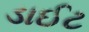
ડાઈટ